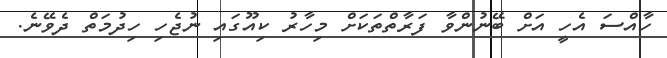
ހާއްސަ އެހީ އަށް ބޭނުންވާ ފަރާތްތަކަށް މިހާރު ކިއޫގައި ނުޖެހި ހިދުމަތް ދެވޭނެ.